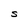
Character: S